Report of the Indian Hemp Drugs Commission, 1894-1895 - Volume V
Year: 1894
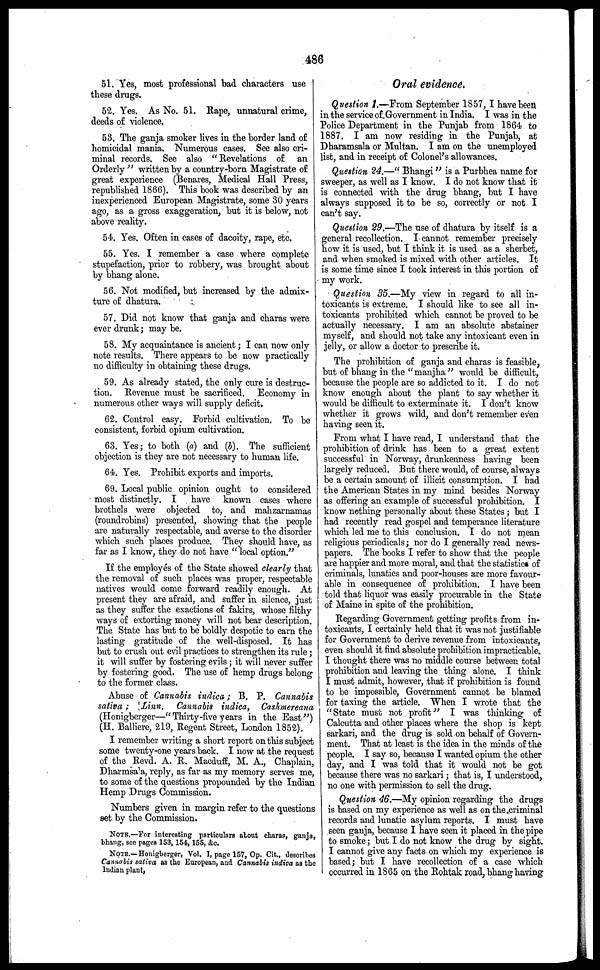
486
51. Yes, most professional bad characters use
these drugs.
52. Yes. As No. 51. Rape, unnatural crime,
deeds of violence.
53. The ganja smoker lives in the border land of
homicidal mania. Numerous cases. See also cri-
minal records. See also "Revelations of an
Orderly " written by a country-born Magistrate of
great experience (Benares, Medical Hall Press,
republished 1866). This book was described by an
inexperienced European Magistrate, some 30 years
ago, as a gross exaggeration, but it is below, not
above reality.
54. Yes. Often in cases of dacoity, rape, etc.
55. Yes. I remember a case where complete
stupefaction, prior to robbery, was brought about
by bhang alone.
56. Not modified, but increased by the admix-
ture of dhatura.
57. Did not know that ganja and charas were
ever drunk ; may be.
58. My acquaintance is ancient; I can now only
note results. There appears to be now practically
no difficulty in obtaining these drugs.
59. As already stated, the only cure is destruc-
tion. Revenue must be sacrificed. Economy in
numerous other ways will supply deficit,
62. Control easy. Forbid cultivation. To be
consistent, forbid opium cultivation.
63. Yes; to both (a) and (b). The sufficient
objection is they are not necessary to human life.
64. Yes. Prohibit exports and imports.
69. Local public opinion ought to considered
most distinctly. I
have known cases where
brothels were objected to, and mahzarnamas
(roundrobins) presented, showing that the people
are naturally respectable, and averse to the disorder
which such places produce. They should have, as
far as I know, they do not have " local option."
If the employes of the State showed clearly that
the removal of such places was proper, respectable
natives would come forward readily enough. At
present they are afraid, and suffer in silence, just
as they suffer the exactions of fakirs, whose filthy
ways of extorting money will not bear description.
The State has but to be boldly despotic to earn the
lasting gratitude of the well-disposed. It has
but to crush out evil practices to strengthen its rule;
it will suffer by fostering evils ; it will never suffer
by fostering good. The use of hemp drugs belong
to the former class.
Abuse of Cannabis indica; B. P. Cannabis
sativa;
Linn.
Cannabis indica, Cashmereana
(Honigberger—"Thirty-five years in the East")
(H. Balliere, 219, Regent Street, London 1852).
I remember writing a short report on this subject
some twenty-one years back. I now at the request
of the Revd. A. R. Macduff, M. A., Chaplain,
Dharmsa'a, reply, as far as my memory serves me,
to some of the questions propounded by the Indian
Hemp Drugs Commission.
Numbers given in margin refer to the questions
set by the Commission.
NOTE.—For interesting particulars about charas, ganja,
bhang, see pages 153, 154, 155, &c.
NOTE.—Honigberger, Vol. I, page 157, Op. Cit., describes
Cannabis sativa as the European, and Cannabis indica as the
Indian plant.
Oral evidence.
Question 1.—From September 1857, I have been
in the service of Government in India. I was in the
Police Department in the Punjab from 1864 to
1887. I am now residing in the Punjab, at
Dharamsala or Multan. I am on the unemployed
list, and in receipt of Colonel's allowances.
Question 24.—" Bhangi" is a Purbhea name for
sweeper, as well as I know. I do not know that it
is connected with the drug bhang, but I have
always supposed it to be so, correctly or not I
can't say.
Question 29.—The use of dhatura by itself is a
general recollection. I cannot remember precisely
how it is used, but I think it is used as a sherbet,
and when smoked is mixed with other articles. It
is some time since I took interest in this portion of
my work.
Question 35.—My view in regard to all in-
toxicants is extreme. I should like to see all in-
toxicants prohibited which cannot be proved to be
actually necessary. I am an absolute abstainer
myself, and should not take any intoxicant even in
jelly, or allow a doctor to prescribe it.
The prohibition of ganja and charas is feasible,
but of bhang in the "manjha" would be difficult,
because the people are so addicted to it. I do not
know enough about the plant to say whether it
would be difficult to exterminate it. I don't know
whether it grows wild, and don't remember even
having seen it.
From what I have read, I understand that the
prohibition of drink has been to a great extent
successful in Norway, drunkenness having been
largely reduced. But there would, of course, always
be a certain amount of illicit consumption. I had
the American States in my mind besides Norway
as offering an example of successful prohibition. I
know nothing personally about these States ; but I
had recently read gospel and temperance literature
which led me to this conclusion. I do not mean
religious periodicals; nor do I generally read news-
papers. The books I refer to show that the people
are happier and more moral, and that the statistic of
criminals, lunatics and poor-houses are more favour-
able in consequence of prohibition. I have been
told that liquor was easily procurable in the State
of Maine in spite of the prohibition.
Regarding Government getting profits from in-
toxicants, I certainly held that it was not justifiable
for Government to derive revenue from intoxicants,
even should it find absolute prohibition impracticable.
I thought there was no middle course between total
prohibition and leaving the thing alone. I think
I must admit, however, that if prohibition is found
to bo impossible, Government cannot be blamed
for taxing the article. When I wrote that the
" State must not profit" I was thinking of
Calcutta and other places where the shop is kept
sarkari, and the drug is sold on behalf of Govern-
ment. That at least is the idea in the minds of the
people. I say so, because I wanted opium the other
day, and I was told that it would not be got
because there was no sarkari ; that is, I understood,
no one with permission to sell the drug.
Question 46.—My opinion regarding the drugs
is based on my experience as well as on the criminal
records and lunatic asylum reports. I must have
seen ganja, because I have seen it placed in the pipe
to smoke; but I do not know the drug by sight.
I cannot give any facts on which my experience is
based; but I have recollection of a case which
occurred in 1865 on the Rohtak road, bhang having